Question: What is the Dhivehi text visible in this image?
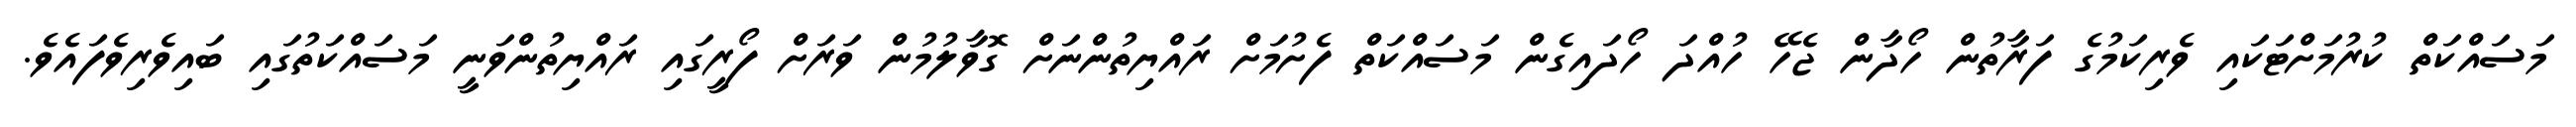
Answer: މަސައްކަތް ކުރުމަށްޓަކައި ވެރިކަމުގެ ފަރާތުން ހޯދާން ޖެހޭ ހުއްދަ ހޯދައިގެން މަސައްކަތް ފެށުމަށް ރައްޔިތުންނަށް ގޮވާލުމުން ވަރަށް ފޯރީގައި ރައްޔިތުންވަނީ މަސައްކަތުގައި ބައިވެރިވެފައެވެ.